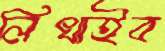
লিখাইব